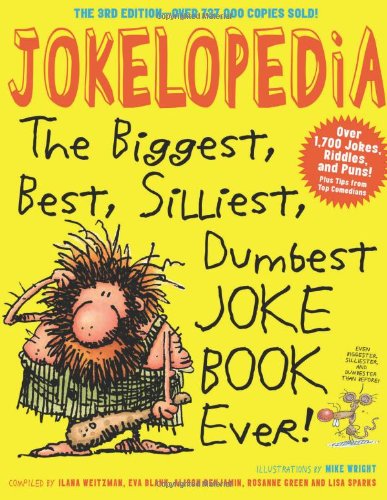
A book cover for Jokelopedia, Third Edition: The Biggest, Best, Silliest, Dumbest Joke Book Ever!; Eva Blank; Children's Books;